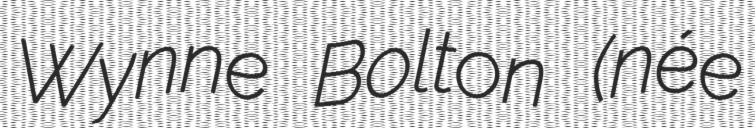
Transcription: Wynne Bolton (née